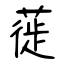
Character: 蓰